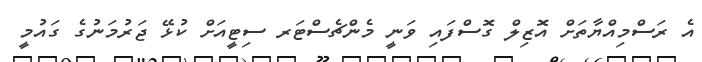
އެ ރަސްމިއްޔާތަށް އޮޒިލް ގޮސްފައި ވަނީ މެންޗެސްޓަރ ސިޓީއަށް ކުޅޭ ޖަރުމަނުގެ ގައުމީ